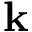
\textbf k